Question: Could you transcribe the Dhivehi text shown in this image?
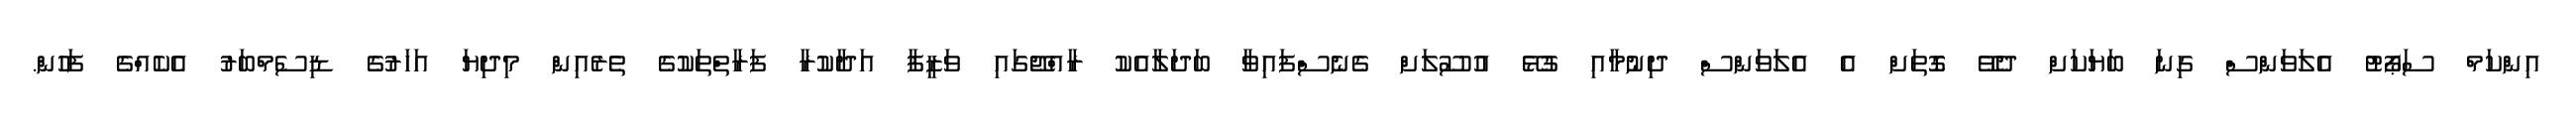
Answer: އިންކަމް ސަޕޯޓު އެލަވަންސް ގިނަ ބަޔަކަށް ދެވޭ ގޮތަށް އެ އެލަވަންސް ދިނުމާއި ގުޅޭ އުސޫލަށް ގެނެސްފައިވާ ބަދަލާއެކު ރާއްޖޭގައި ވަޒީފާ އަދާކުރާ ފަރާތްތަކުގެ ތެރެއިން މިދިޔަ އަހަރުގެ ޑިސެމްބަރު އެކެއްގެ ފަހުން.